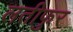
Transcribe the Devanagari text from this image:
लतीफुर